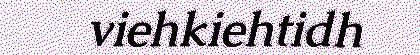
viehkiehtidh